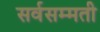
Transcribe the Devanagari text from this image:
सर्वसम्मती